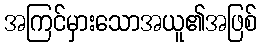
အကြင်မှားသောအယူ၏အဖြစ်